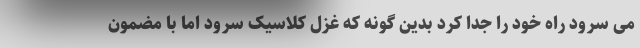
می سرود راه خود را جدا کرد بدین گونه که غزل کلاسیک سرود اما با مضمون